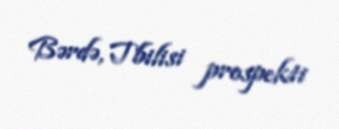
Bərdə, Tbilisi prospekti